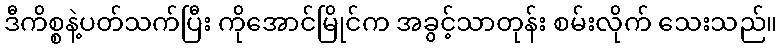
ဒီကိစ္စနဲ့ပတ်သက်ပြီး ကိုအောင်မြိုင်က အခွင့်သာတုန်း စမ်းလိုက် သေးသည်။